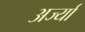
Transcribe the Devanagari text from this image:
अर्ज्या